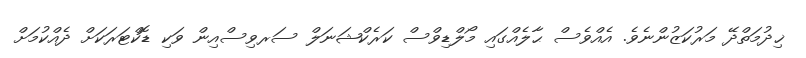
ޚިދުމަތްދޭ މަރުކަޒުންނެވެ. އެއްވެސް ޙާލެއްގައި މޯލްޑިވްސް ކަރެކްޝަނަލް ސަރވިސްއިން ވަކި ޑޮކްޓަރަކަށް ދެއްކުމަށް